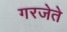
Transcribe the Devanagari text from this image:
गरजेते